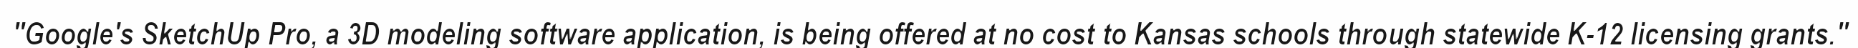
"Google's SketchUp Pro, a 3D modeling software application, is being offered at no cost to Kansas schools through statewide K-12 licensing grants."